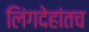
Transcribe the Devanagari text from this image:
लिंगदेहांतच